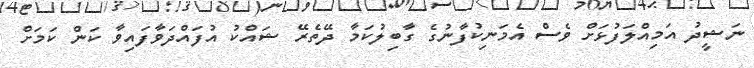
ނަޝީދު އަމިއްލަފުޅަށް ވެސް އެމަނިކުފާނުގެ ގާބިލުކަމާ ދޭތެރޭ ޝައްކު އުފައްދަވާފައިވާ ކަން ކަމަށް